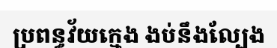
ប្រពន្ធវ័យក្មេង ងប់នឹងល្បែង